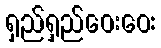
ရှည်ရှည်ဝေးဝေး